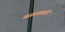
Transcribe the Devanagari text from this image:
बसगाड्याही